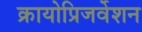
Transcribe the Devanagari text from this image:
क्रायोप्रिजर्वेशन